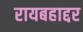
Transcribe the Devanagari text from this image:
रायबहाद्दर